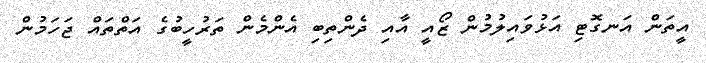
އީތަން އަނގޮޓި އަޅުވައިލުމުން ޒޯއީ އާއި ދެންތިބި އެންމެން ތަރުހީބުގެ އަތްތައް ޖަހަމުން